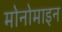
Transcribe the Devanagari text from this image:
मोनोमाइन